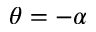
\theta = - \alpha